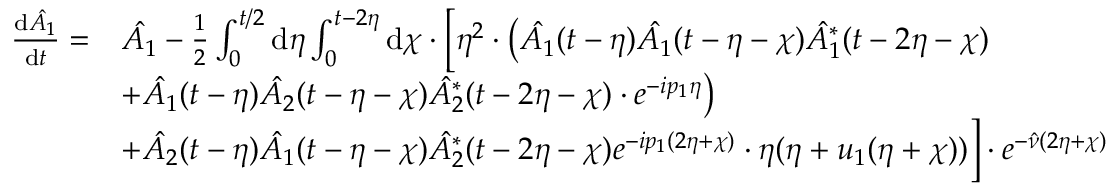
\begin{array} { r l } { \frac { \mathrm { d } \hat { A _ { 1 } } } { \mathrm { d } t } = } & { \hat { A _ { 1 } } - \frac { 1 } { 2 } \int _ { 0 } ^ { t / 2 } \mathrm { d } \eta \int _ { 0 } ^ { t - 2 \eta } \mathrm { d } \chi \cdot \Bigl [ \eta ^ { 2 } \cdot \bigl ( \hat { A _ { 1 } } ( t - \eta ) \hat { A _ { 1 } } ( t - \eta - \chi ) \hat { A _ { 1 } ^ { * } } ( t - 2 \eta - \chi ) } \\ & { + \hat { A _ { 1 } } ( t - \eta ) \hat { A _ { 2 } } ( t - \eta - \chi ) \hat { A _ { 2 } ^ { * } } ( t - 2 \eta - \chi ) \cdot e ^ { - i p _ { 1 } \eta } \bigr ) } \\ & { + \hat { A _ { 2 } } ( t - \eta ) \hat { A _ { 1 } } ( t - \eta - \chi ) \hat { A _ { 2 } ^ { * } } ( t - 2 \eta - \chi ) e ^ { - i p _ { 1 } ( 2 \eta + \chi ) } \cdot \eta ( \eta + u _ { 1 } ( \eta + \chi ) ) \Bigr ] \cdot e ^ { - \hat { \nu } ( 2 \eta + \chi ) } } \end{array}